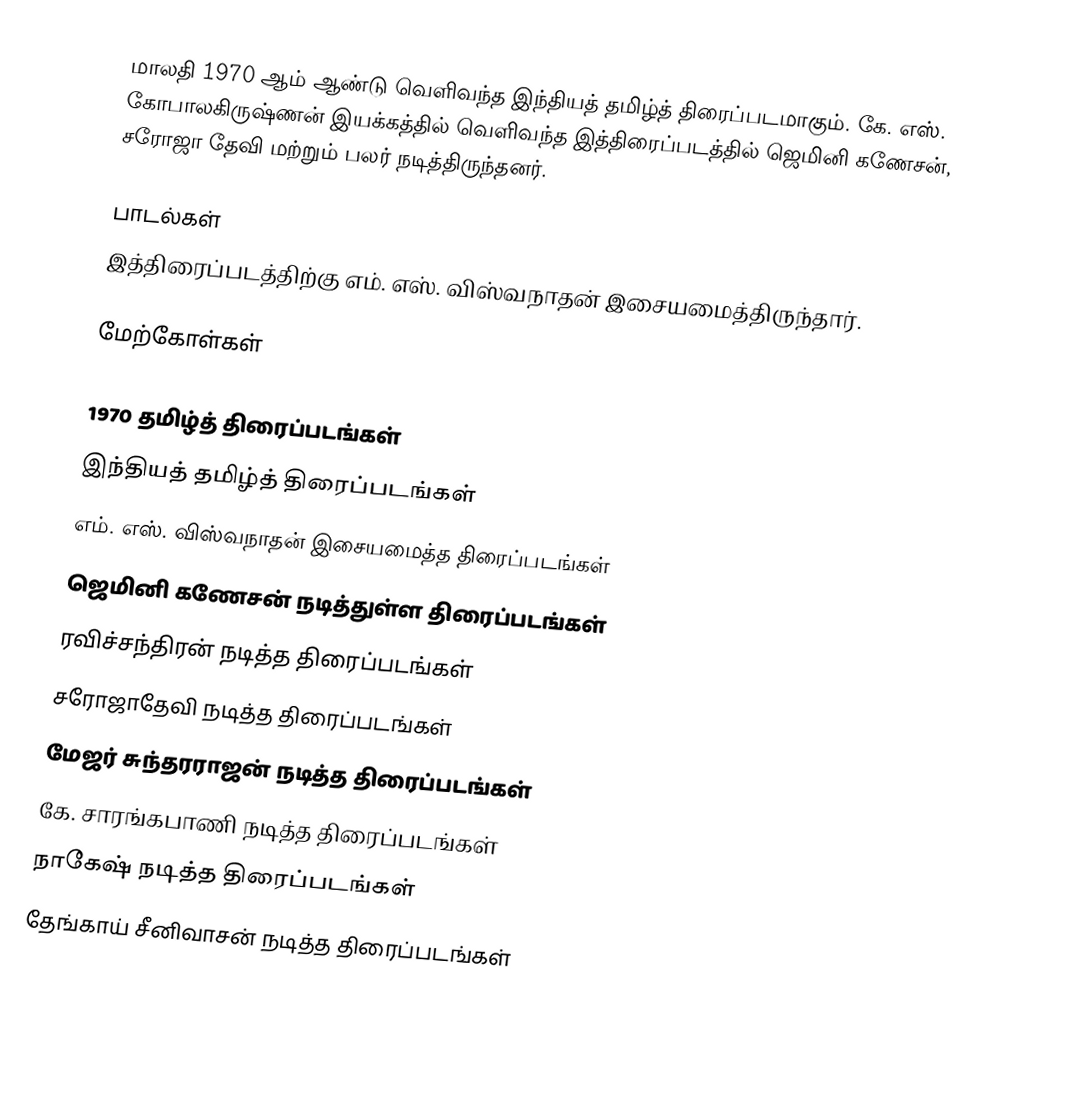
மாலதி 1970 ஆம் ஆண்டு வெளிவந்த இந்தியத் தமிழ்த் திரைப்படமாகும். கே. எஸ். கோபாலகிருஷ்ணன் இயக்கத்தில் வெளிவந்த இத்திரைப்படத்தில் ஜெமினி கணேசன், சரோஜா தேவி மற்றும் பலர் நடித்திருந்தனர்.

பாடல்கள்
இத்திரைப்படத்திற்கு எம். எஸ். விஸ்வநாதன் இசையமைத்திருந்தார்.

மேற்கோள்கள்

1970 தமிழ்த் திரைப்படங்கள்
இந்தியத் தமிழ்த் திரைப்படங்கள்
எம். எஸ். விஸ்வநாதன் இசையமைத்த திரைப்படங்கள்
ஜெமினி கணேசன் நடித்துள்ள திரைப்படங்கள்
ரவிச்சந்திரன் நடித்த திரைப்படங்கள்
சரோஜாதேவி நடித்த திரைப்படங்கள்
மேஜர் சுந்தரராஜன் நடித்த திரைப்படங்கள்
கே. சாரங்கபாணி நடித்த திரைப்படங்கள்
நாகேஷ் நடித்த திரைப்படங்கள்
தேங்காய் சீனிவாசன் நடித்த திரைப்படங்கள்